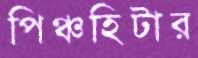
পিঞ্চহিটার